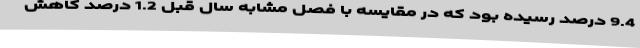
9.4 درصد رسیده بود که در مقایسه با فصل مشابه سال قبل 1.2 درصد کاهش